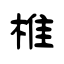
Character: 椎